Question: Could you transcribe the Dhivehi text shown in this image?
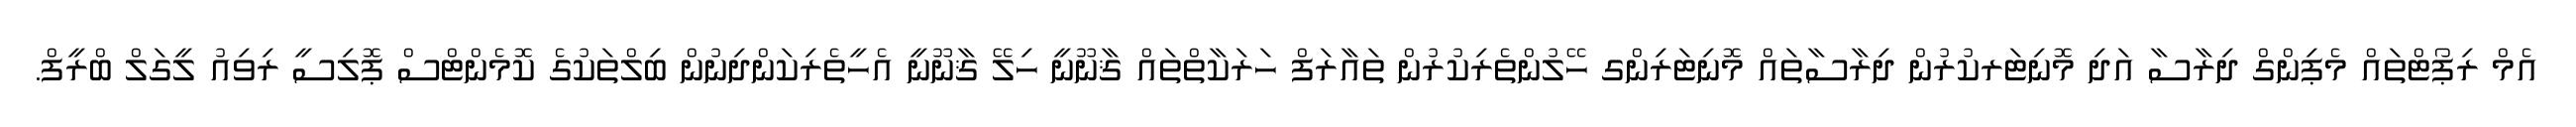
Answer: އެމް ރިޕޯޓްތައް މެޕިންގް ދިރާސާ އަދި މޮނިޓަރކުރުން ދިރާސާތައް މޮނިޓަރިންގ ހޭލުންތެރިކުރުން ތައާރަފް ހަރަކާތްތައް ޤާނޫނީ ހިލޭ ޤާނޫނީ އެހީތެރިކަންދިނުން ބިލްތަކުގެ ކޮމެންޓްސް ޕޮލިސީ ރިވިއު ލީގަލް ބްރީފް.